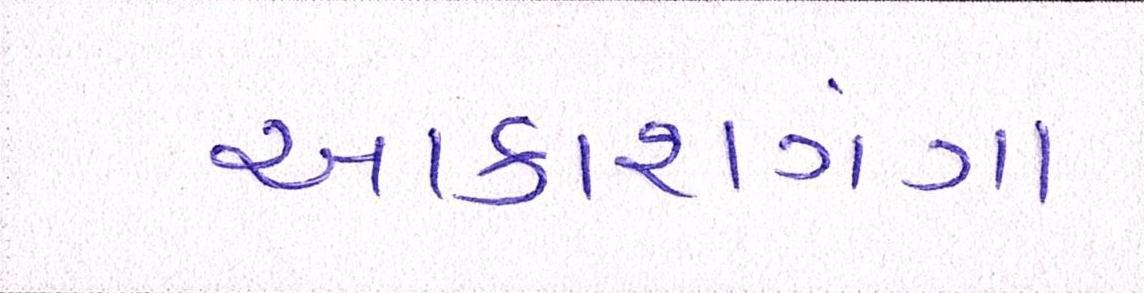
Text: આકાશગંગા